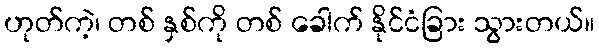
ဟုတ်ကဲ့၊ တစ် နှစ်ကို တစ် ခေါက် နိုင်ငံခြား သွားတယ်။